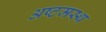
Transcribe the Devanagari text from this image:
अष्टमस्थ